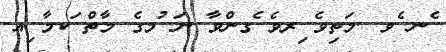
ެނ ެވ .މަތިވެ ިރވެ ެގންވާ ނަ ުމގެ މާތް ަކމާ ިއ